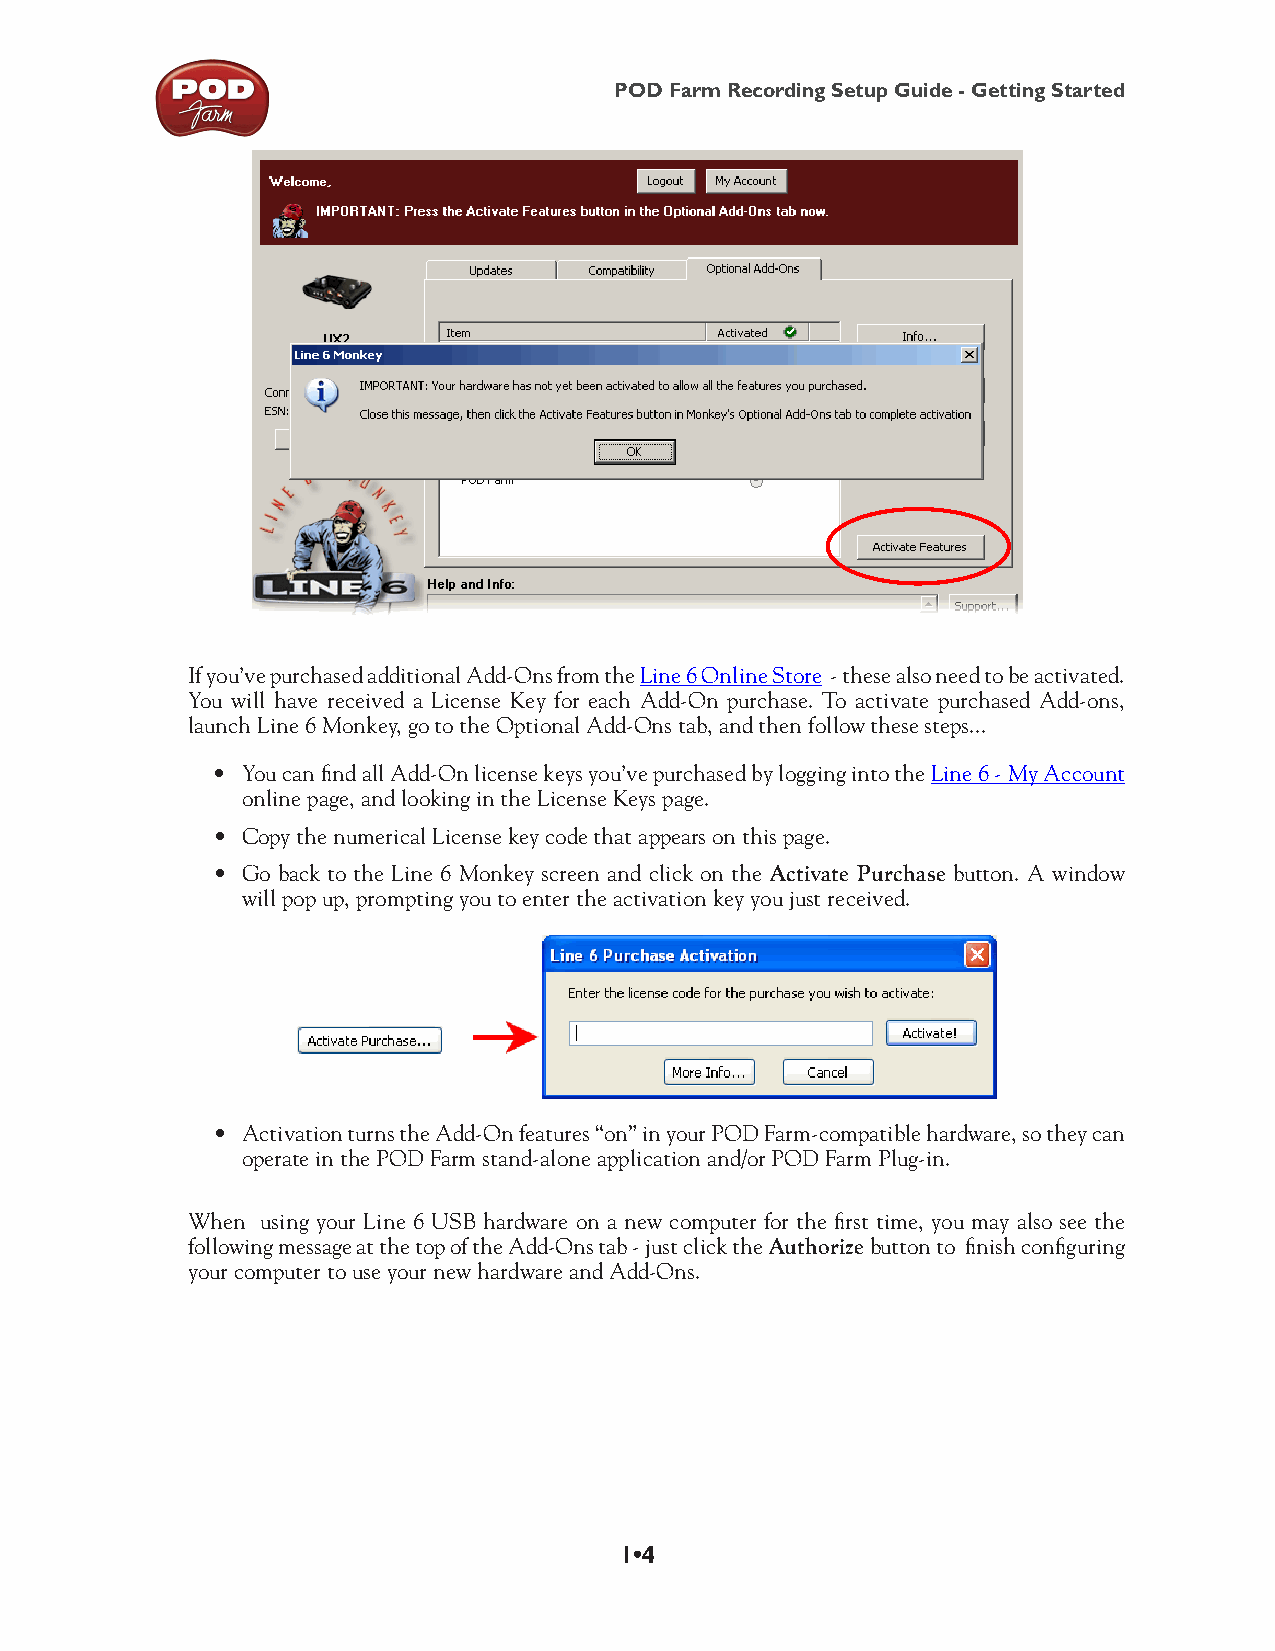
POD Farm Recording Setup Guide - Getting Started
 If you’ve purchased additional Add-Ons from the Line 6 Online Store - these also need to be activated.
 You will have received a License Key for each Add-On purchase. To activate purchased Add-ons,
 launch Line 6 Monkey, go to the Optional Add-Ons tab, and then follow these steps...
 • You can find all Add-On license keys you’ve purchased by logging into the Line 6 - My Account
 online page, and looking in the License Keys page.
 • Copy the numerical License key code that appears on this page.
 • Go back to the Line 6 Monkey screen and click on the Activate Purchase button. A window
 will pop up, prompting you to enter the activation key you just received.
 • Activation turns the Add-On features “on” in your POD Farm-compatible hardware, so they can
 operate in the POD Farm stand-alone application and/or POD Farm Plug-in.
 When using your Line 6 USB hardware on a new computer for the first time, you may also see the
 following message at the top of the Add-Ons tab - just click the Authorize button to finish configuring
 your computer to use your new hardware and Add-Ons.
 1•4